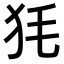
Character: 𤝄